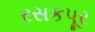
રસકપૂર